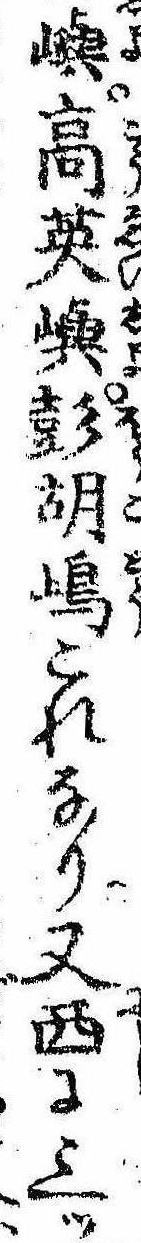
嶼高英嶼彭胡島これなり又西に三ツ